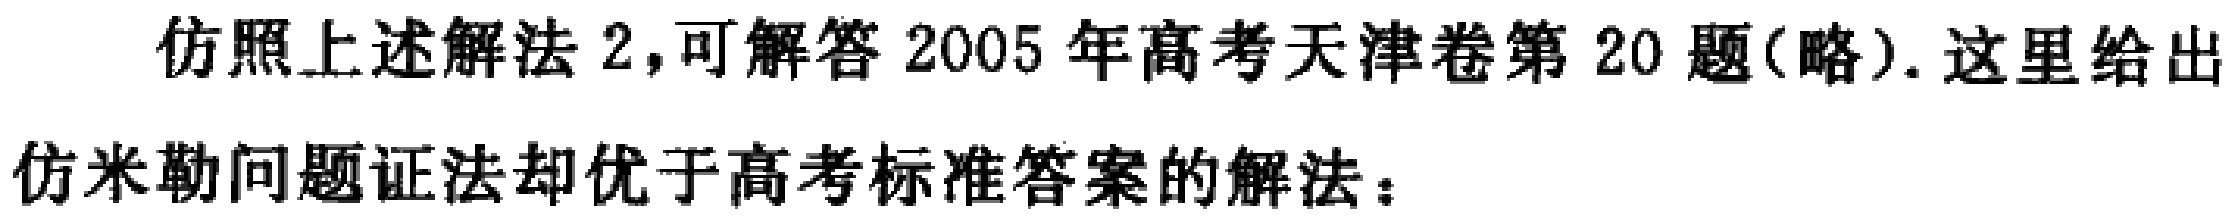
仿照上述解法 2,可解答 2005 年高考天津卷第 20 题(略). 这里给出

仿米勒问题证法却优于高考标准答案的解法：